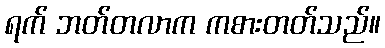
ရက် ဘတ်တလာက ကစားတတ်သည်။